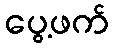
ပွေ့ဖက်